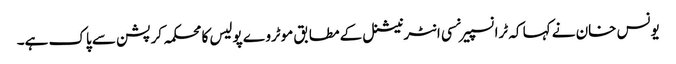
یونس خان نے کہا کہ ٹرانسپیرنسی انٹرنیشنل کے مطابق موٹروے پولیس کا محکمہ کرپشن سے پاک ہے۔